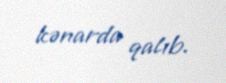
kənarda qalıb.